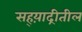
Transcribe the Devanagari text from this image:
सह्य़ाद्रीतील